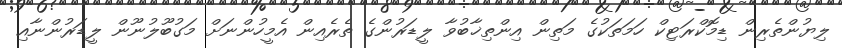
ލިޔުންތެރިން ޑިމޮކްރަޓިކް ހަމަތަކުގެ މަތިން އިންތިޚާބުވާ ލީޑަރުންގެ ތެރެއިން އެމީހުންނަށް މަގުބޫލުނޫން ލީޑަރުންނާއި